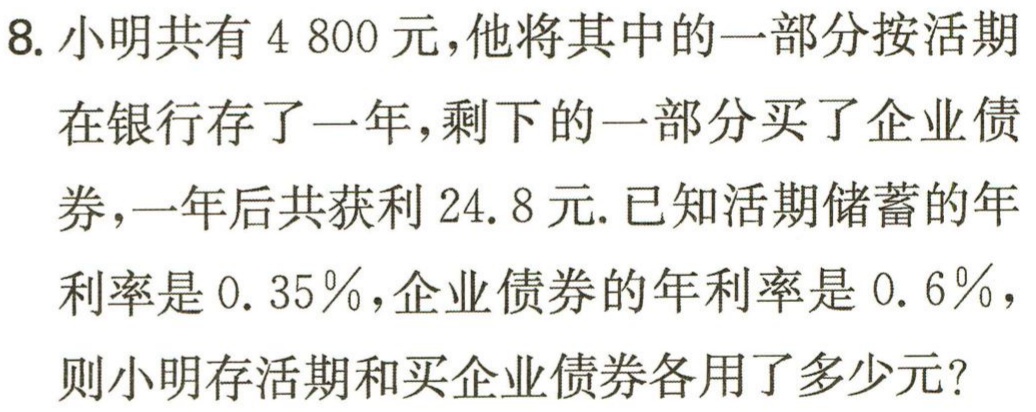
8. 小明共有$4 800$元，他将其中的一部分按活期在银行存了一年，剩下的一部分买了企业债券，一年后共获利$24.8$元. 已知活期储蓄的年利率是$0.35\%$，企业债券的年利率是$0.6\%$，则小明存活期和买企业债券各用了多少元？